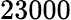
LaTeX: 23000